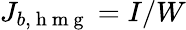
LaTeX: J_{b,\mathrm{~h~m~g~}}=I/W